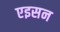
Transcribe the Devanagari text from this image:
एइसन